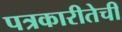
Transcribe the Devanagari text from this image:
पत्रकारीतेची